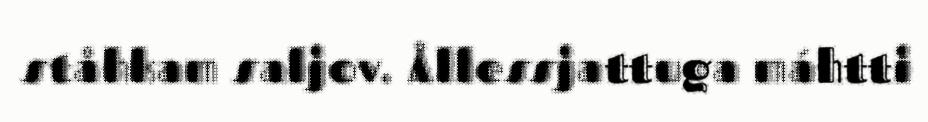
ståhkam saljov. Ållessjattuga máhtti